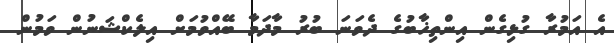
އެ އަމުރާ ގުޅިގެން އިންތިޚާބުގެ ދެވަނަ ބުރު މާދަމާ ބޭއްވުމަށް އިލެކްޝަނުން ވަމުން